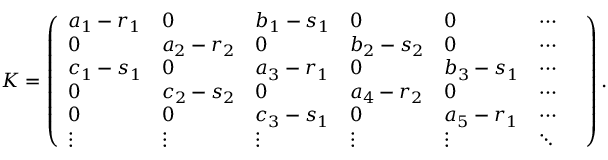
K = \left( \begin{array} { l l l l l l l } { a _ { 1 } - r _ { 1 } } & { 0 } & { b _ { 1 } - s _ { 1 } } & { 0 } & { 0 } & { \cdots } & \\ { 0 } & { a _ { 2 } - r _ { 2 } } & { 0 } & { b _ { 2 } - s _ { 2 } } & { 0 } & { \cdots } & \\ { c _ { 1 } - s _ { 1 } } & { 0 } & { a _ { 3 } - r _ { 1 } } & { 0 } & { b _ { 3 } - s _ { 1 } } & { \cdots } & \\ { 0 } & { c _ { 2 } - s _ { 2 } } & { 0 } & { a _ { 4 } - r _ { 2 } } & { 0 } & { \cdots } & \\ { 0 } & { 0 } & { c _ { 3 } - s _ { 1 } } & { 0 } & { a _ { 5 } - r _ { 1 } } & { \cdots } \\ { \vdots } & { \vdots } & { \vdots } & { \vdots } & { \vdots } & { \ddots } \end{array} \right) .